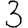
Digit: 3